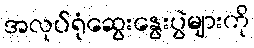
အလုပ်ရုံဆွေးနွေးပွဲများကို